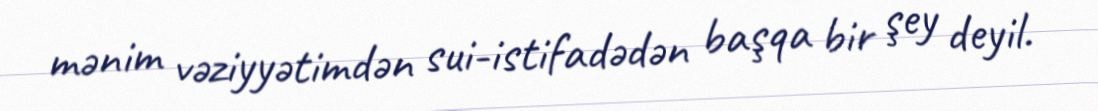
mənim vəziyyətimdən sui-istifadədən başqa bir şey deyil.